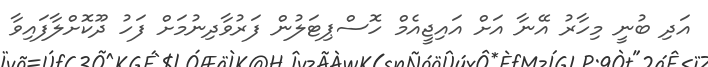
އަދި ބުނީ މިހާރު އޭނާ އަށް އައިޖީއެމް ހޮސްޕިޓަލުން ފަރުވާދިނުމަށް ފަހު ދޫކޮށްލާފައިވާ